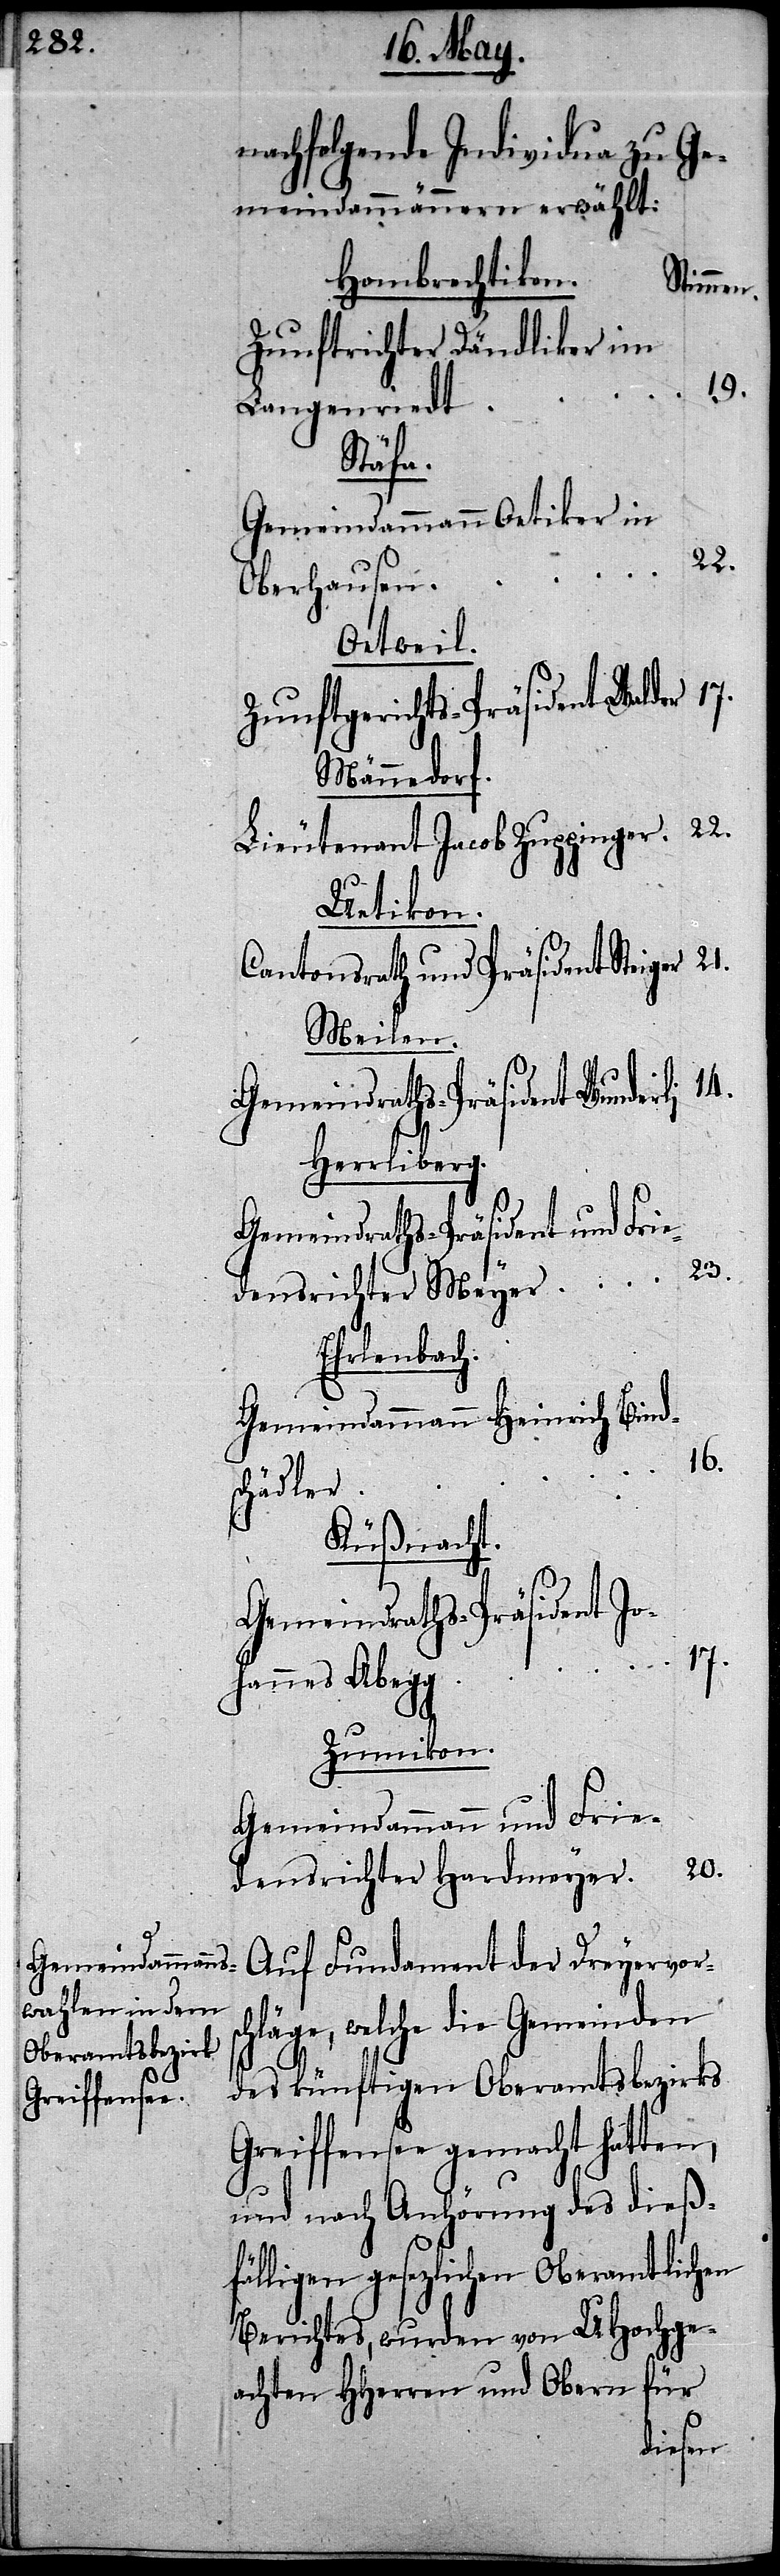
nachfolgende Individua zu Ge¬
meindammännern erwählt:
Hombrechtikon.
Stimmen.
Zunftrichter Dändliker im
19.
Langenriedt
Stäfa.
Gemeindammann Oetiker in
22.
Oberhausen
Oetweil.
Zunftgerichts-Präsident Wal¬
Männedorf.
Lieutenant Jacob Zuppinger
Uetikon.
Cantonsrath und Präsident Steiger
Meilen.
14.
Gemeindraths-Präsident Wunder¬
Herrliberg.
Gemeindraths-Präsident und Frie¬
23.
densrichter Meyer
Ehrlenbach.
Gemeindammann Heinrich Binds¬
16.
chädler
Küßnacht.
li
Gemeindraths-Präsident Jo¬
sch¬
hannes Abegg
Zumikon.
Gemeindammann und Frie¬
20.
densrichter Hardmeyer
Auf Fundament der Dreyervor¬
läge, welche die Gemeinden
des künftigen Oberamtsbezirks
Greiffensee gemacht hatten,
der
und nach Anhörung des dieß¬
fälligen gesezlichen Oberamtlichen
Berichtes, wurden von UHochge¬
achten HHerren und Obern für